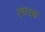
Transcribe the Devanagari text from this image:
लाग्दछ